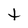
Character: t